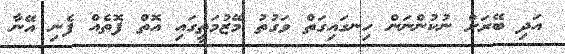
އަދި ބޭރަށް ނުކުންނަން ހިނގައިގަތް ވަގުތު މޭޒުމަތީގައި އޮތް ފޮތެއް ފެނި އޭނާ